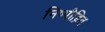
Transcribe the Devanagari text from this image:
निष्पीड़ित